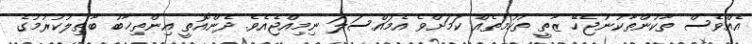
އެއްވެސް ތާކުންތާކުނުޖެހޭ ޒާތީ ތުހުމަތެއް ކަމަށްވެ އެމައްސަލަ ނިމިއްޖެއެވެ. ދެންއޮތީ އިންތިޚާބު ބާޠިލުކުރުމުގެ